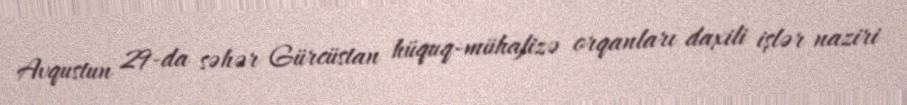
Avqustun 29-da səhər Gürcüstan hüquq-mühafizə orqanları daxili işlər naziri